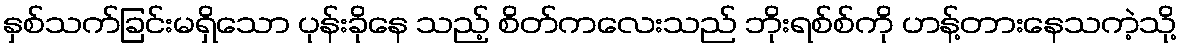
နှစ်သက်ခြင်းမရှိသော ပုန်းခိုနေ သည့် စိတ်ကလေးသည် ဘိုးရစ်စ်ကို ဟန့်တားနေသကဲ့သို့